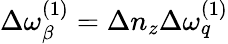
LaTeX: \Delta\omega_{\beta}^{(1)}=\Delta n_{z}\Delta\omega_{q}^{(1)}